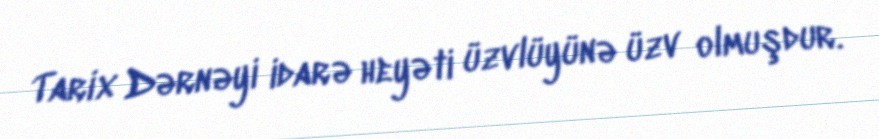
Tarix Dərnəyi idarə heyəti üzvlüyünə üzv olmuşdur.